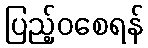
ပြည့်ဝစေရန်